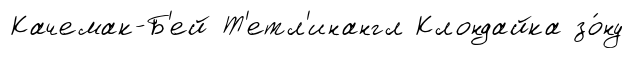
Качемак-Б'ей Т'етл'инангл Клондайка зо́ну